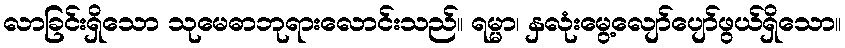
လာခြင်းရှိသော သုမေဓာဘုရားလောင်းသည်။ ရမ္မာ၊ နှလုံးမွေ့လျော်ပျော်ဖွယ်ရှိသော။